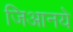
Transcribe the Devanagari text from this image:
जिआनये